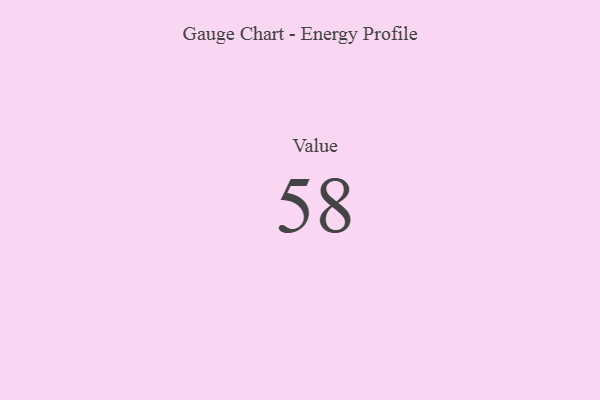
{"axis": {"x": "Metric", "y": "Value"}, "legend": [""], "data": [{"x": "Value", "y": 58, "type": ""}]}